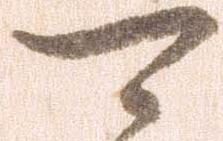
可